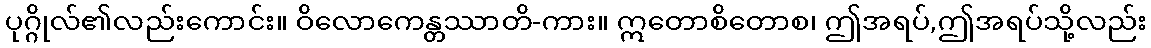
ပုဂ္ဂိုလ်၏လည်းကောင်း။ ဝိလောကေန္တဿာတိ-ကား။ ဣတောစိတောစ၊ ဤအရပ်,ဤအရပ်သို့လည်း